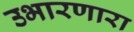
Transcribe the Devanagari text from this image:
उभारणारा